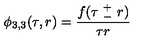
\phi _ { 3 , 3 } ( \tau , r ) = \frac { f ( \tau \ _ { - } ^ { + } \ r ) } { \tau r }